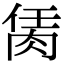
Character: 𦚮